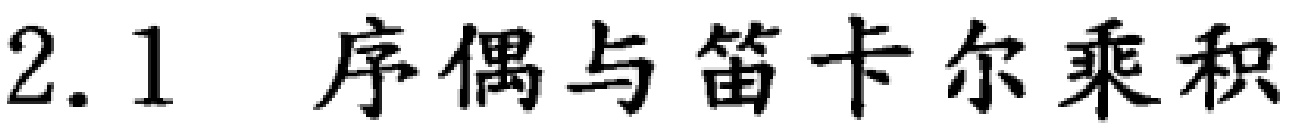
2.1 序偶与笛卡尔乘积